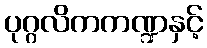
ပုဂ္ဂလိကကဏ္ဍနှင့်